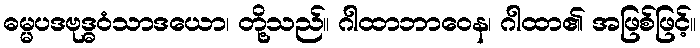
ဓမ္မပဒဗုဒ္ဓဝံသာဒယော၊ တို့သည်။ ဂါထာဘာဝေန၊ ဂါထာ၏ အဖြစ်ဖြင့်။